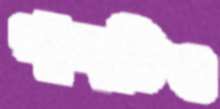
গানটিও